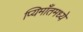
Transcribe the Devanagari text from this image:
प्यिमाँतमध्ये